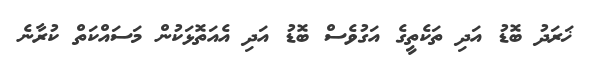
ޚަރަދު ބޮޑު އަދި ތަކެތީގެ އަގުވެސް ބޮޑު އަދި އެއަތޮޅަކުން މަސައްކަތް ކުރާނެ